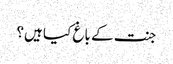
جنت کے باغ کیا ہیں؟